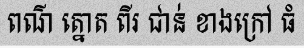
ពណ៌ ត្នោត ពីរ ជាន់ ខាងក្រៅ ធំ